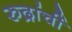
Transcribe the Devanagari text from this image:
रुद्रांचीं